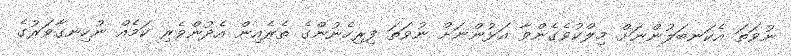
ނުވަތަ އެކަނބަލުންނަށް މިލްކުވެގެންވާ އަޅުންނަށް ނުވަތަ ފިރިހެނުންގެ ތެރެއިން އެދުންވެރި ކަމެއް ނުހިނގާވަރުގެ